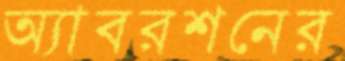
অ্যাবরশনের